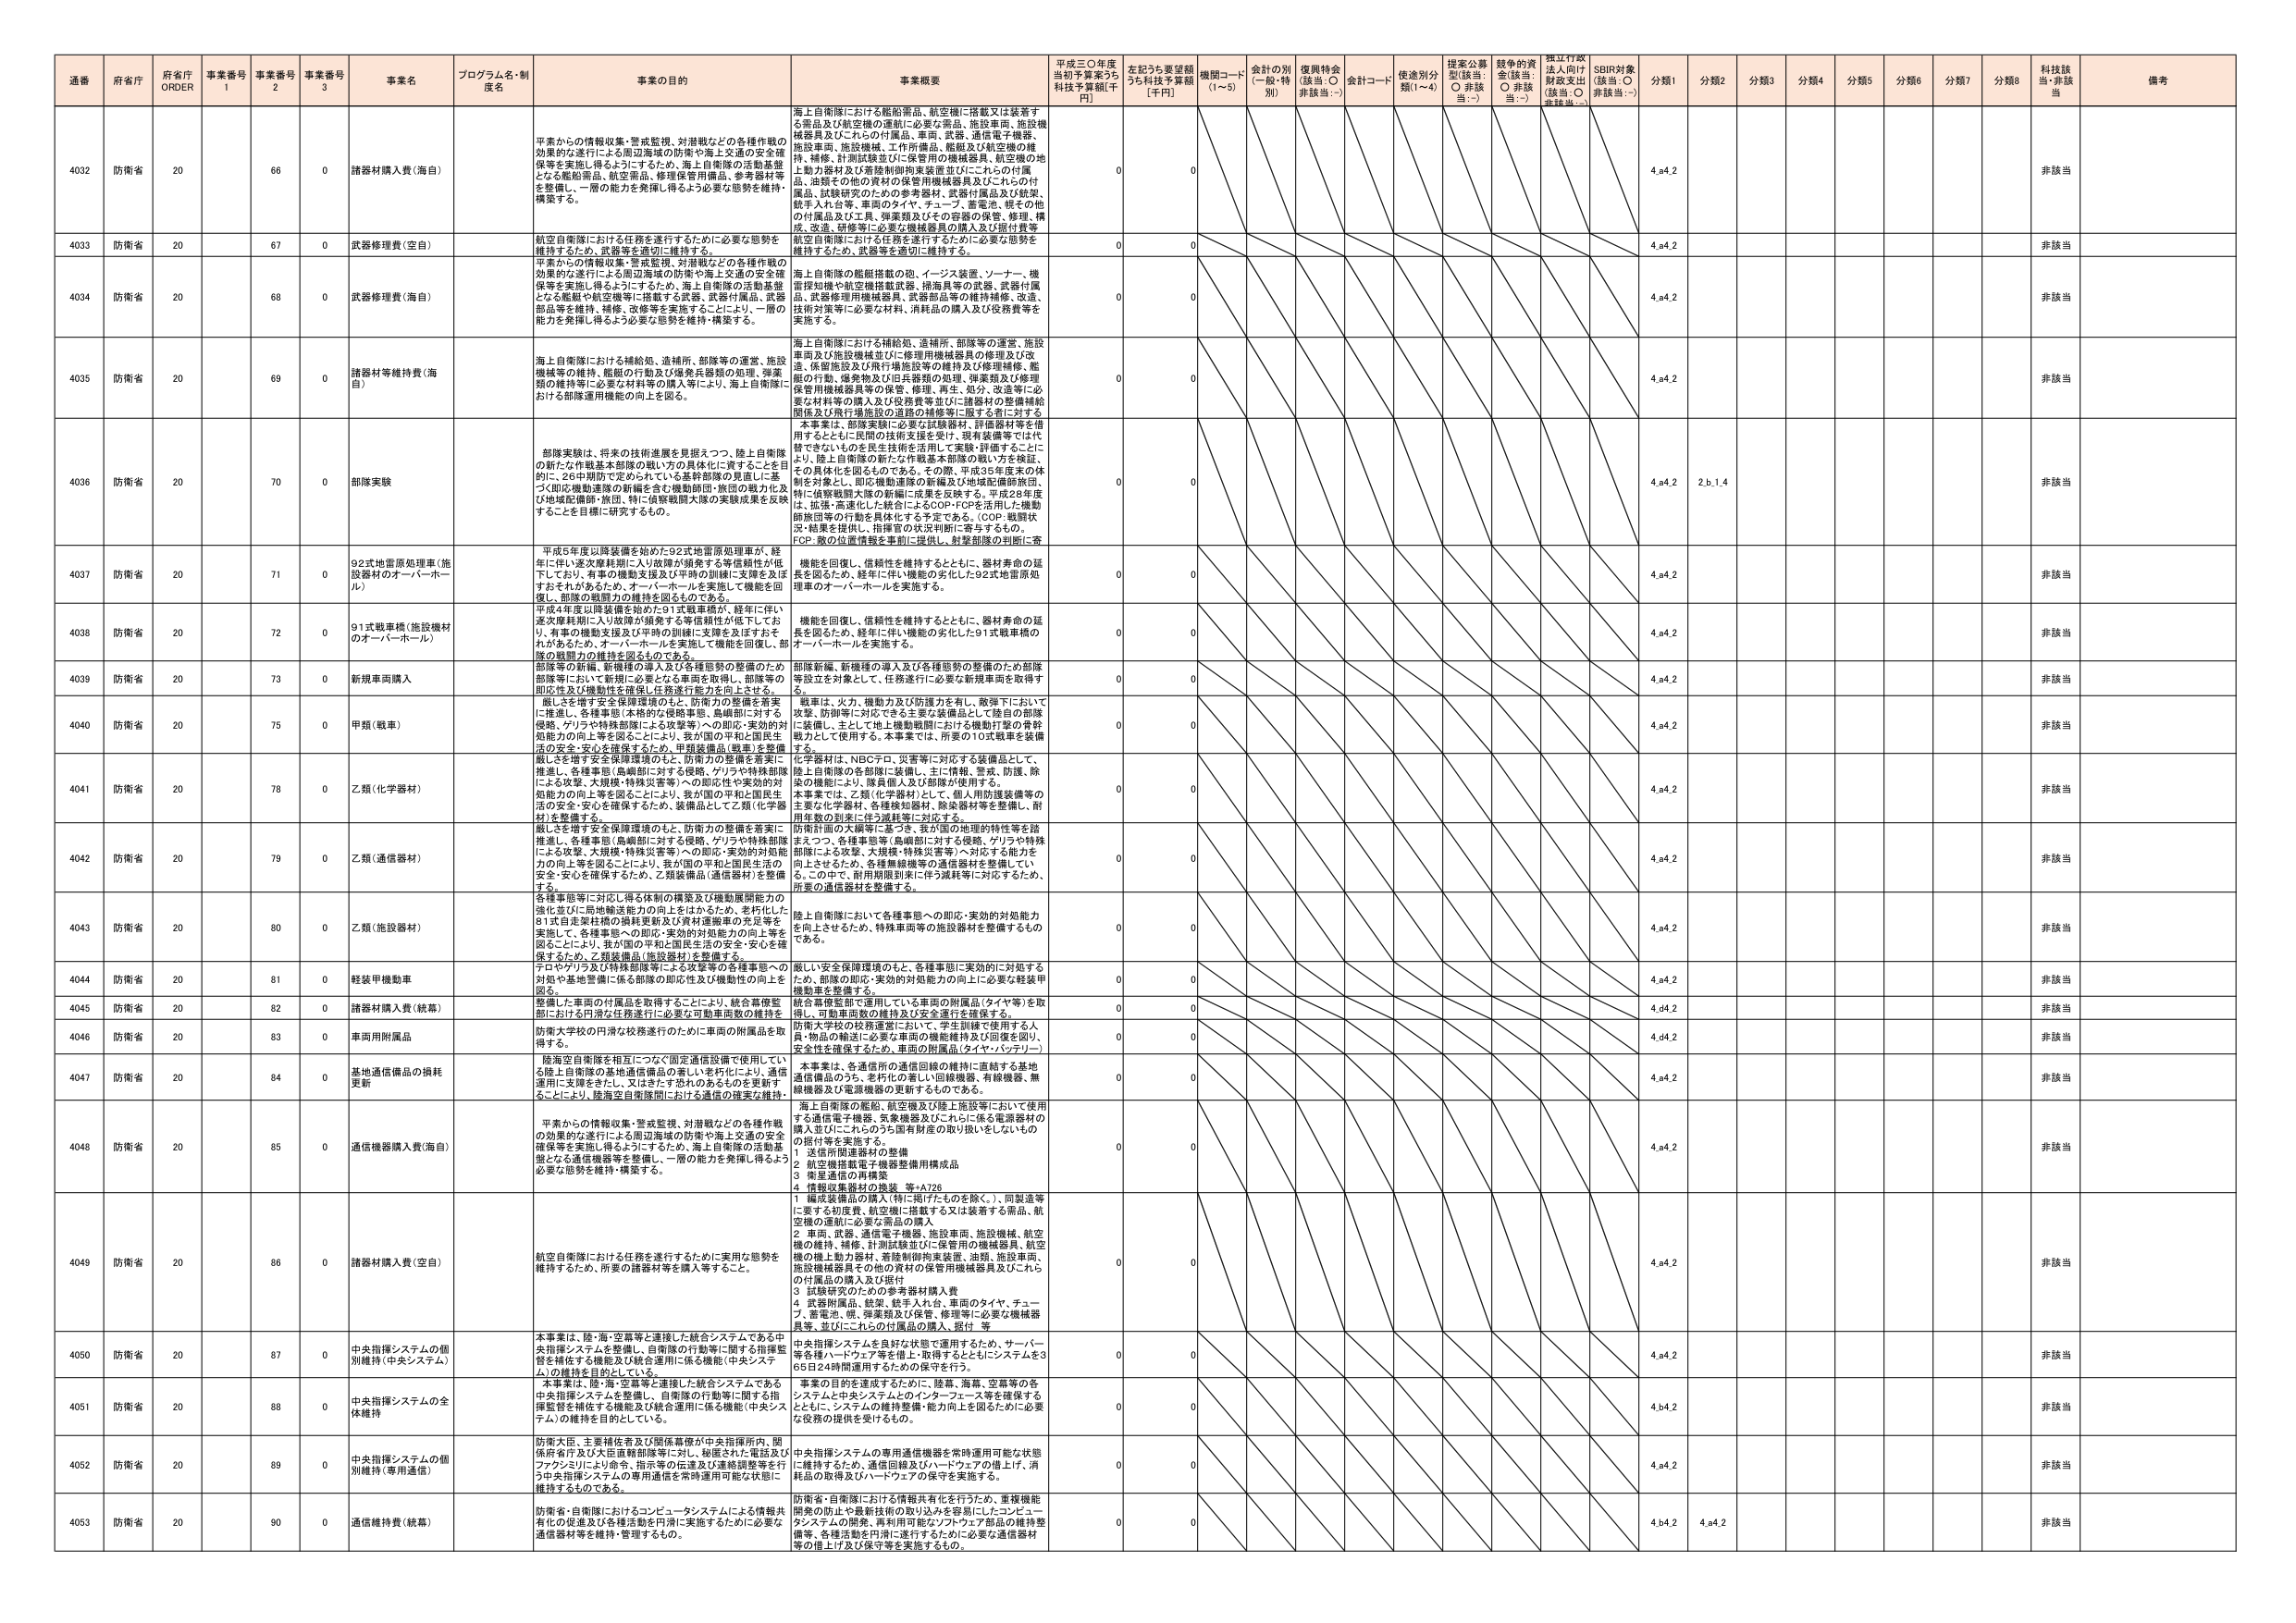
通番 府省庁 府省庁 ORDER 事業番号 1 事業番号 2 事業番号 3 事業名 プログラム名・制度名 事業の目的 事業概要 平成三〇年度当初予算案うち科技予算額[千円] 左記うち要望額うち科技予算額[千円] 機関コード(1～5) 会計の別(一般・特別) 復興特会(該当：○ 非該当：-) 会計コード 使途別分類(1～4) 提案公募型(該当：○ 非該当：-) 競争的資金(該当：○ 非該当：-) 独立行政法人向け財政支出(該当：○ 非該当：-) SBIR対象(該当：○ 非該当：-) 分類1 分類2 分類3 分類4 分類5 分類6 分類7 分類8 科技該当・非該当 備考

4032 防衛省 20 66 0 諸器材購入費（海自） 平素からの情報収集・警戒監視、対潜戦などの各種作戦の効果的な遂行による周辺海域の防衛や海上交通の安全確保等を実施し得るようにするため、海上自衛隊の活動基盤となる艦船資産、航空資産、航空用品、修理保用備品、参考資料等を整備し、一層の能力を発揮し得るよう必要な態勢を維持・構築する。 海上自衛隊における艦船備品、航空機に搭載又は装着する備品及び航空機の運航に必要な備品、施設車両、施設機械器具及びこれらの付属品、車両、武器、通信電子機器、施設車両、施設機械、工作用備品、艦艇及び航空機の維持、補修、計測試験並びに保管用の機械器具、航空機の地上動力器材及び着陸制御拘束装置並びにこれらの付属品、試験その他の資材の保管用機械器具及びこれらの付属品、試験研究のための参考器材、武器付属品及び銃架、砲手入れ台等、車両のタイヤ、チューブ、蓄電池、彼その他 の付属品及び工具、弾薬類及びその容器の保管、修理、構成、改造、研修等に必要な機械器具の購入及び据付費等 0 0 4.a4.2 非該当

4033 防衛省 20 67 0 武器修理費（空自） 航空自衛隊における任務を遂行するために必要な態勢を維持するため、武器等を適切に維持する。 航空自衛隊における任務を遂行するために必要な態勢を維持するため、武器等を適切に維持する。 0 0 4.a4.2 非該当

4034 防衛省 20 68 0 武器修理費（海自） 平素からの情報収集・警戒監視、対潜戦などの各種作戦の効果的な遂行による周辺海域の防衛や海上交通の安全確保等を実施し得るようにするため、海上自衛隊の活動基盤となる艦艇や航空機等に搭載する武器、武器付属品、武器部品等を維持、補修、改修等を実施することにより、一層の能力を発揮し得るよう必要な態勢を維持・構築する。 海上自衛隊の艦艇搭載の砲、イージス装置、ソーナー、機雷探知機や航空機搭載武器、掃海具等の武器、武器付属品、武器修理用機械器具、武器部品等の維持補修、改造、技術対策等に必要な材料、消耗品の購入及び役務費等を実施する。 0 0 4.a4.2 非該当

4035 防衛省 20 69 0 諸器材等維持費（海自） 海上自衛隊における補給処、追補所、部隊等の運営、施設機械等の維持、艦艇の行助及び弾薬兵器類の処理、弾薬類の維持等に必要な材料等の購入等により、海上自衛隊における部隊運用機能の向上を図る。 海上自衛隊における補給処、追補所、部隊等の運営、施設車両及び施設機械並びに修理用機械器具の修理及び改造、保管施設及び飛行場施設等の維持及び修理補修、艦艇の行助、爆発物及び応兵器類の処理、弾薬類及び修理保用用機械器具等の保管、修理、再生、処分、改造等に必要な材料等の購入及び役務費等並びに諸器材の整備補給関係及び飛行場に設置の道路の補修等に限らずこれに対する 0 0 4.a4.2 非該当

4036 防衛省 20 70 0 部隊実験 部隊実験は、将来の技術進展を見据えつつ、陸上自衛隊の新たな作戦基本部隊の戦い方の具体化に資することを目的に、26中期防で定められている基幹部隊の見直しに基づく即応機動連隊の新編を含む機動師団・旅団の戦力化及び地域防備師・旅団、特に偵察機関大隊の実戦成果を反映することを目標に研究するもの。 本事業は、部隊実験に必要な試験器材、評価器材等を借用するとともに民間の技術支援を受け、現有装備等では代替できないもの の民生技術を活用して実験・評価することにより、陸上自衛隊の新たな作戦基本部隊の戦い方を検証、その具体化を図るものである。その際、平成25年度末の体制を対象とし、即応機動連隊の新編及び地域配備師旅団、特に偵察機関大隊の新編に成果を反映する。平成28年度は、拡張・高速化した統合によるCOP・FCPを活用した機動師旅団等の行動を具体化する予定である。（COP：戦闘状況・情報を提供し、指揮官の決定判断に寄与するもの。FCP：敵の位置情報を事前に提供し、射撃部隊の判断に寄 0 0 4.a4.2 2.b.1.4 非該当

4037 防衛省 20 71 0 92式地雷原処理車（施設器材のオーバーホール） 平成5年度以降装備を始めた92式地雷原処理車が、経年に伴い逐次摩耗期に入り故障が頻発する等信頼性が低下しており、車両の機動支援及び平時の訓練に支障を及ぼすおそれがあるため、オーバーホールを実施して機能を回復し、部隊の戦闘力の維持を図るものである。 機能を回復し、信頼性を維持するとともに、器材寿命の延長を図るため、経年に伴い機能の劣化した92式地雷原処理車のオーバーホールを実施する。 0 0 4.a4.2 非該当

4038 防衛省 20 72 0 91式戦車類（施設器材のオーバーホール） 平成4年度以降装備を始めた91式戦車類が、経年に伴い逐次摩耗期に入り故障が頻発する等信頼性が低下しており、有事の機動支援及び平時の訓練に支障を及ぼすおそれがあるため、オーバーホールを実施して機能を回復し、部隊の戦闘力の維持を図るものである。 機能を回復し、信頼性を維持するとともに、器材寿命の延長を図るため、経年に伴い機能の劣化した91式戦車類のオーバーホールを実施する。 0 0 4.a4.2 非該当

4039 防衛省 20 73 0 新規車両購入 部隊新編、新機種の導入及び各種態勢の整備のため部隊等設立を対象として、任務遂行に必要な新規車両を取得する。 部隊新編、新機種の導入及び各種態勢の整備のため部隊等設立を対象として、任務遂行に必要な新規車両を取得する。 0 0 4.a4.2 非該当

4040 防衛省 20 75 0 甲類（戦車） 厳しさを増す安全保障環境のもと、防衛力の整備を着実に推進し、各種事態（本格的な侵略事態、島嶼部に対する侵略、ゲリラや特殊部隊による攻撃等）への即応・実効的対処能力の向上等を図ることにより、我が国の平和と国民生活の安全・安心を確保するため、甲類装備品（戦車）を整備する。 戦車は、火力、機動力及び防護力を有し、敵弾下において攻撃、防衛等に対応できる主要な装備品として陸自の部隊に装備し、主として地上機動戦闘における機動打撃の骨幹戦力として使用する。本事業では、所要の10式戦車を装備する。 0 0 4.a4.2 非該当

4041 防衛省 20 78 0 乙類（化学器材） 厳しさを増す安全保障環境のもと、防衛力の整備を着実に推進し、各種事態（島嶼部に対する侵略、ゲリラや特殊部隊による攻撃、大規模・特殊災害等）への即応・実効的対処能力の向上等を図ることにより、我が国の平和と国民生活の安全・安心を確保するため、装備品として乙類（化学器材）を整備する。 化学器材は、NBCテロ、災害等に対応する装備品として、陸上自衛隊の各部隊に装備し、主に情報、警戒、防護、除染の機能により、隊員個人及び部隊が使用する。本事業では、乙類（化学器材）として、個人用防護装備等の主要な化学器材、各種検知器材、除染器材等を整備し、耐用年数の到来に伴う減耗等に対応する。 0 0 4.a4.2 非該当

4042 防衛省 20 79 0 乙類（通信器材） 厳しさを増す安全保障環境のもと、防衛力の整備を着実に推進し、各種事態（島嶼部に対する侵略、ゲリラや特殊部隊による攻撃、大規模・特殊災害等）への即応・実効的対処能力の向上等を図ることにより、我が国の平和と国民生活の安全・安心を確保するため、乙類装備品（通信器材）を整備する。 防衛計画の大綱等に基づき、我が国の地理的特性等を踏まえつつ、各種事態（島嶼部に対する侵略、ゲリラや特殊部隊による攻撃、大規模・特殊災害等）へ対応する能力を向上させるため、各種無線機等の通信器材を整備していく。この中で、耐用期限到来に伴う減耗等に対応するため、所要の通信器材を整備する。 0 0 4.a4.2 非該当

4043 防衛省 20 80 0 乙類（施設器材） 各種事態等に対応し得る体制の構築及び機動展開能力の強化並びに局地輸送能力の向上をはかるため、老朽化した81式自走架柱橋の損耗更新及び資材運搬車の充足等を実施して、各種事態への即応・実効的対処能力の向上等を図ることにより、我が国の平和と国民生活の安全・安心を確保するため、乙類装備品（施設器材）を整備する。 陸上自衛隊において各種事態への即応・実効的対処能力を向上させるため、特殊車両等の施設器材を整備するものである。 0 0 4.a4.2 非該当

4044 防衛省 20 81 0 軽装甲機動車 テロやゲリラ及び特殊部隊等による攻撃等の各種事態への対処や基地警備に係る部隊の即応性及び機動性の向上を図る。 厳しい安全保障環境のもと、各種事態に実効的に対処するため、部隊の即応・実効的対処能力の向上に必要な軽装甲機動車を整備する。 0 0 4.a4.2 非該当

4045 防衛省 20 82 0 諸器材購入費（統幕） 整備した車両の付属品を取得することにより、統合幕僚監部における円滑な任務遂行に必要な可動車両数の維持を図る。 統合幕僚監部で運用している車両の附属品（タイヤ等）を取得し、可動車両数の維持及び安全運行を確保する。 0 0 4.d4.2 非該当

4046 防衛省 20 83 0 車両用附属品 防衛大学校の円滑な校務遂行のために車両の附属品を取得する。 防衛大学校の校務運営において、学生訓練で使用する人員・物品の輸送に必要な車両の機能維持及び回復を図り、安全性を確保するため、車両の附属品（タイヤ・バッテリー） 0 0 4.d4.2 非該当

4047 防衛省 20 84 0 基地通信備品の損耗更新 陸海空自衛隊を相互につなぐ固定通信設備で使用している陸上自衛隊の基地通信備品の著しい老朽化により、通信運用に支障をきたし、又はあたす恐れのあるものを更新することにより、陸海空自衛隊間における通信の確実な維持・ 本事業は、各通信所の通信回線の維持に直結する基地通信備品のうち、老朽化の著しい回線機器、有線機器、無線機器及び電源機器の更新するものである。 0 0 4.a4.2 非該当

4048 防衛省 20 85 0 通信機器購入費（海自） 平素からの情報収集・警戒監視、対潜戦などの各種作戦の効果的な遂行による周辺海域の防衛や海上交通の安全確保等を実施し得るようにするため、海上自衛隊の活動基盤となる通信機器等を整備し、一層の能力を発揮し得るよう必要な態勢を維持・構築する。 海上自衛隊の艦船、航空機及び陸上施設等において使用する通信電子機器、気象機器及びこれらに係る電源器材の購入並びにこれらのうち国有財産の取り扱いをしないものの据付等を実施する。 1 送信所関連器材の整備 2 航空機搭載電子機器整備用構成品 3 衛星通信の再構築 4 情報収集器材の換装 等-A726 0 0 4.a4.2 非該当

4049 防衛省 20 86 0 諸器材購入費（空自） 航空自衛隊における任務を遂行するために実用な態勢を維持するため、所要の諸器材等を購入等すること。 1 編成装備品の購入（特に掲げたものを除く。）、同製造等に要する制度費、航空機に搭載する又は装着する備品、航空機の運航に必要な備品の購入 2 車両、武器、通信電子機器、施設車両、施設機械、航空機の維持、補修、計測試験並びに保管用の機械器具、航空機の機上動力器材、着陸制御拘束装置、油圧、施設車両、施設機器具その他の資材の保管用機械器具及びこれら の付属品の購入及び据付 3 試験研究のための参考器材購入費 4 武器附属品、銃架、銃手入れ台、車両のタイヤ、チューブ、蓄電池、帆、弾薬類及び保管、修理等に必要な機械器具等、並びにこれらの付属品の購入、据付 等 0 0 4.a4.2 非該当

4050 防衛省 20 87 0 中央指揮システムの個別維持（中央システム） 本事業は、陸・海・空幕等と連接した統合システムである中央指揮システムを整備し、自衛隊の行動等に関する指揮監督を補佐する機能及び統合運用に係る機能（中央システム）の維持を目的としている。 中央指揮システムを良好な状態で運用するため、サーバー等各種ハードウェア等を保し、取得することとしシステムを365日24時間運用するための保守を行う。 0 0 4.a4.2 非該当

4051 防衛省 20 88 0 中央指揮システムの全体維持 本事業は、陸・海・空幕等と連接した統合システムである中央指揮システムを整備し、自衛隊の行動等に関する指揮監督を補佐する機能及び統合運用に係る機能（中央システム）の維持を目的としている。 事業の目的を達成するために、陸幕、海幕、空幕等の各システムと中央システムとのインターフェース等を確保するとともに、システムの維持整備・能力向上を図るために必要な役務の提供を受けるもの。 0 0 4.b4.2 非該当

4052 防衛省 20 89 0 中央指揮システムの個別維持（専用通信） 防衛大臣、主要補佐者及び関係幕僚が中央指揮所内、関係府省庁及び大臣直轄部隊等に対し、秘匿された電話及びファクシミリにより命令、指示等の伝達及び連絡調整等を行う中央指揮システムの専用通信を常時運用可能な状態に維持するものである。 中央指揮システムの専用通信機器を常時運用可能な状態に維持するため、通信回線及びハードウェアの借上げ、消耗品の取得及びハードウェアの保守を実施する。 0 0 4.a4.2 非該当

4053 防衛省 20 90 0 通信維持費（統幕） 防衛省・自衛隊におけるコンピュータシステムによる情報共有化の促進及び各種活動を円滑に実施するために必要な通信器材等を維持・管理するもの。 防衛省・自衛隊における情報共有化を行うため、重複機能開発の防止や最新技術の取り込みを容易にしたコンピュータシステムの開発、再利用可能なソフトウェア部品の維持整備等、各種活動を円滑に遂行するために必要な通信器材等の借上げ及び保守等を実施するもの。 0 0 4.b4.2 4.a4.2 非該当